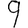
Digit: 9